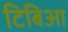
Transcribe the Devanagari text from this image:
टिबिआ